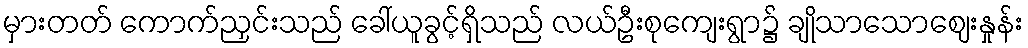
မှားတတ် ကောက်ညှင်းသည် ခေါ်ယူခွင့်ရှိသည် လယ်ဦးစုကျေးရွာ၌ ချိုသာသောဈေးနှုန်း